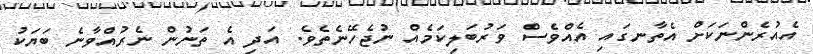
އެއުރެންނަކަށް އެތާނގައި އެއްވެސް ވަރުބަލިކަމެއް ނުޖެހޭނެތެވެ. އަދި އެ ތަނުން ނެރުއްވާނެ ބަޔަކު